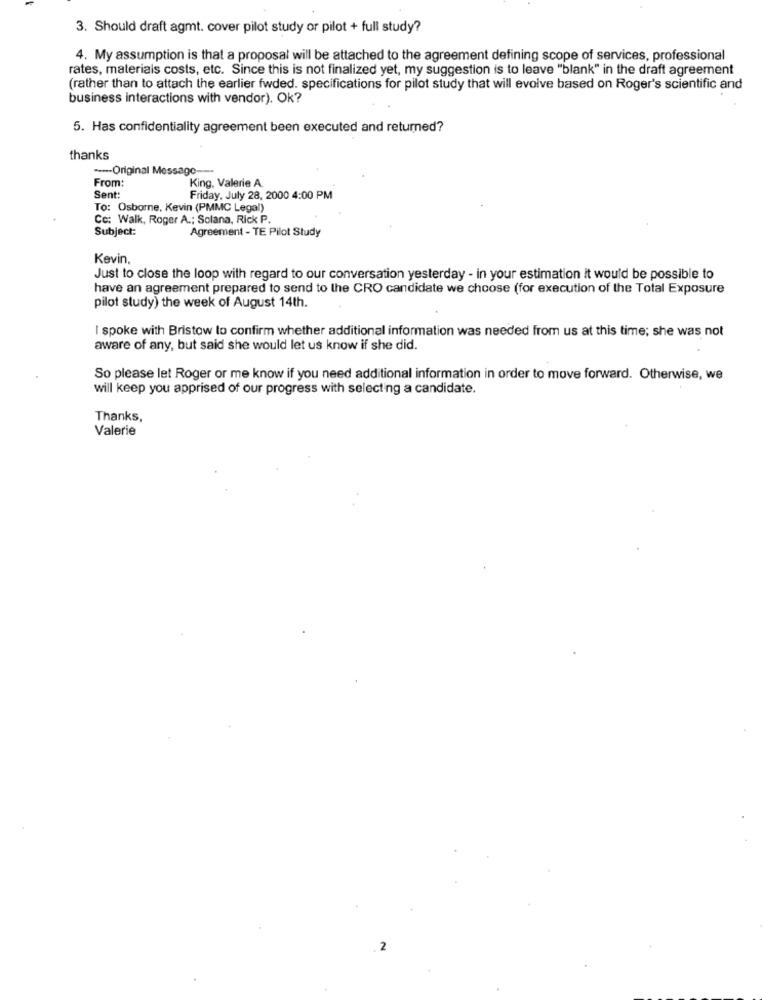
3. Should draft agmt. cover pilot study or pilot + full study?
4. My assumption is that a proposal will be attached to the agreement defining scope of services, professional
rates, materials costs, etc. Since this is not finalized yet, my suggestion is to leave "blank" in the draft agreement
(rather than to attach the earlier fwded. specifications for pilot study that will evolve based on Roger's scientific and
business interactions with vendor). Ok?
5. Has confidentiality agreement been executed and returned?
thanks
----- Original Message --
From:
King, Valerie A
Sent:
Friday, July 28, 2000 4:00 PM
To: Osborne, Kevin (PMMC Legal)
Co: Walk, Roger A .; Solana, Rick P.
Subject:
Agreement - TE Pilot Study
Kevin,
Just to close the loop with regard to our conversation yesterday - in your estimation it would be possible to
have an agreement prepared to send to the CRO candidate we choose (for execution of the Total Exposure
pilot study) the week of August 14th.
I spoke with Bristow to confirm whether additional information was needed from us at this time; she was not
aware of any, but said she would let us know if she did.
So please let Roger or me know if you need additional information in order to move forward. Otherwise, we
will keep you apprised of our progress with selecting a candidate.
Thanks,
Valerie
2